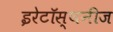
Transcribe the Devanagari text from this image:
इरेटॉस्थनीज